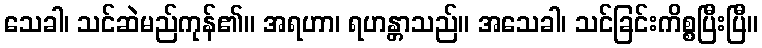
သေခါ၊ သင်ဆဲမည်ကုန်၏။ အရဟာ၊ ရဟန္တာသည်။ အသေခါ၊ သင်ခြင်းကိစ္စပြီးပြီ။